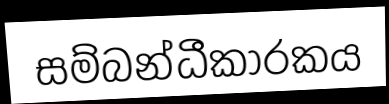
සම්බන්ධීකාරකය